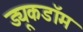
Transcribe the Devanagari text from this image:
ड्यूकडॉम